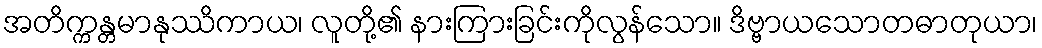
အတိက္ကန္တမာနုဿိကာယ၊ လူတို့၏ နားကြားခြင်းကိုလွန်သော။ ဒိဗ္ဗာယသောတဓာတုယာ၊